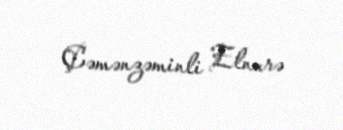
Çəmənzəminli Elnurə